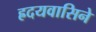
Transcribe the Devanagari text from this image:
ह्रदयवासिने